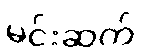
မင်းဆက်